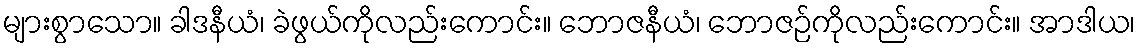
များစွာသော။ ခါဒနီယံ၊ ခဲဖွယ်ကိုလည်းကောင်း။ ဘောဇနီယံ၊ ဘောဇဉ်ကိုလည်းကောင်း။ အာဒါယ၊